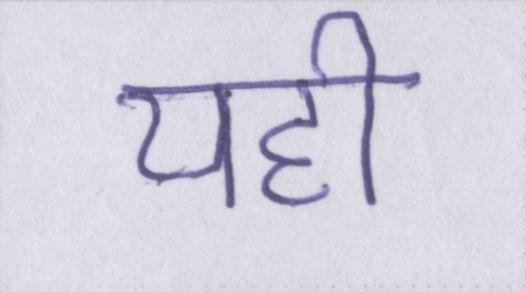
यही